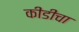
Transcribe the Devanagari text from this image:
कीडीचा